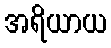
အရိယာယ